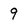
Character: 9